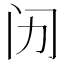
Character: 𱐪